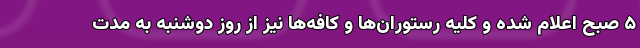
۵ صبح اعلام شده و کلیه رستوران‌ها و کافه‌ها نیز از روز دوشنبه به مدت